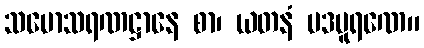
သမောသရဏဋ္ဌာနေ စာ၊ ယတနံ ပဒပူရဏေ။